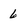
Character: 6